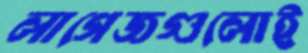
লাগেজগুলোই